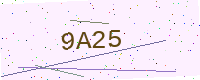
Text: 9A25